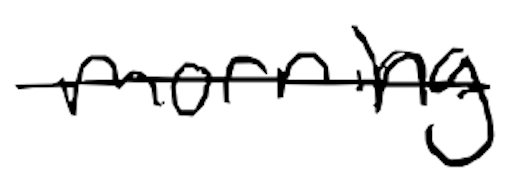
Text: Morning
Cross-out: single-line
Writing tool: digital_black